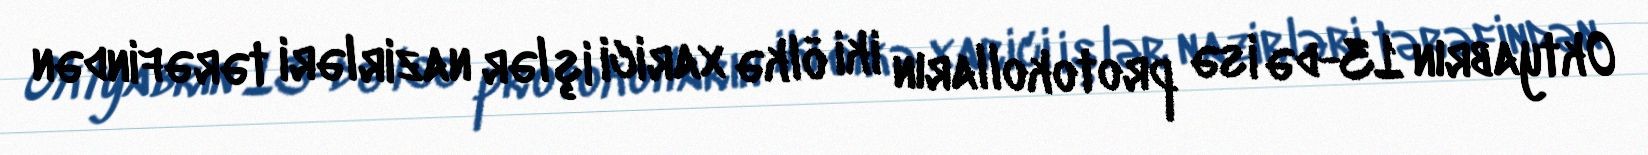
Oktyabrın 13-də isə protokolların iki ölkə xarici işlər nazirləri tərəfindən